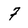
Character: 7